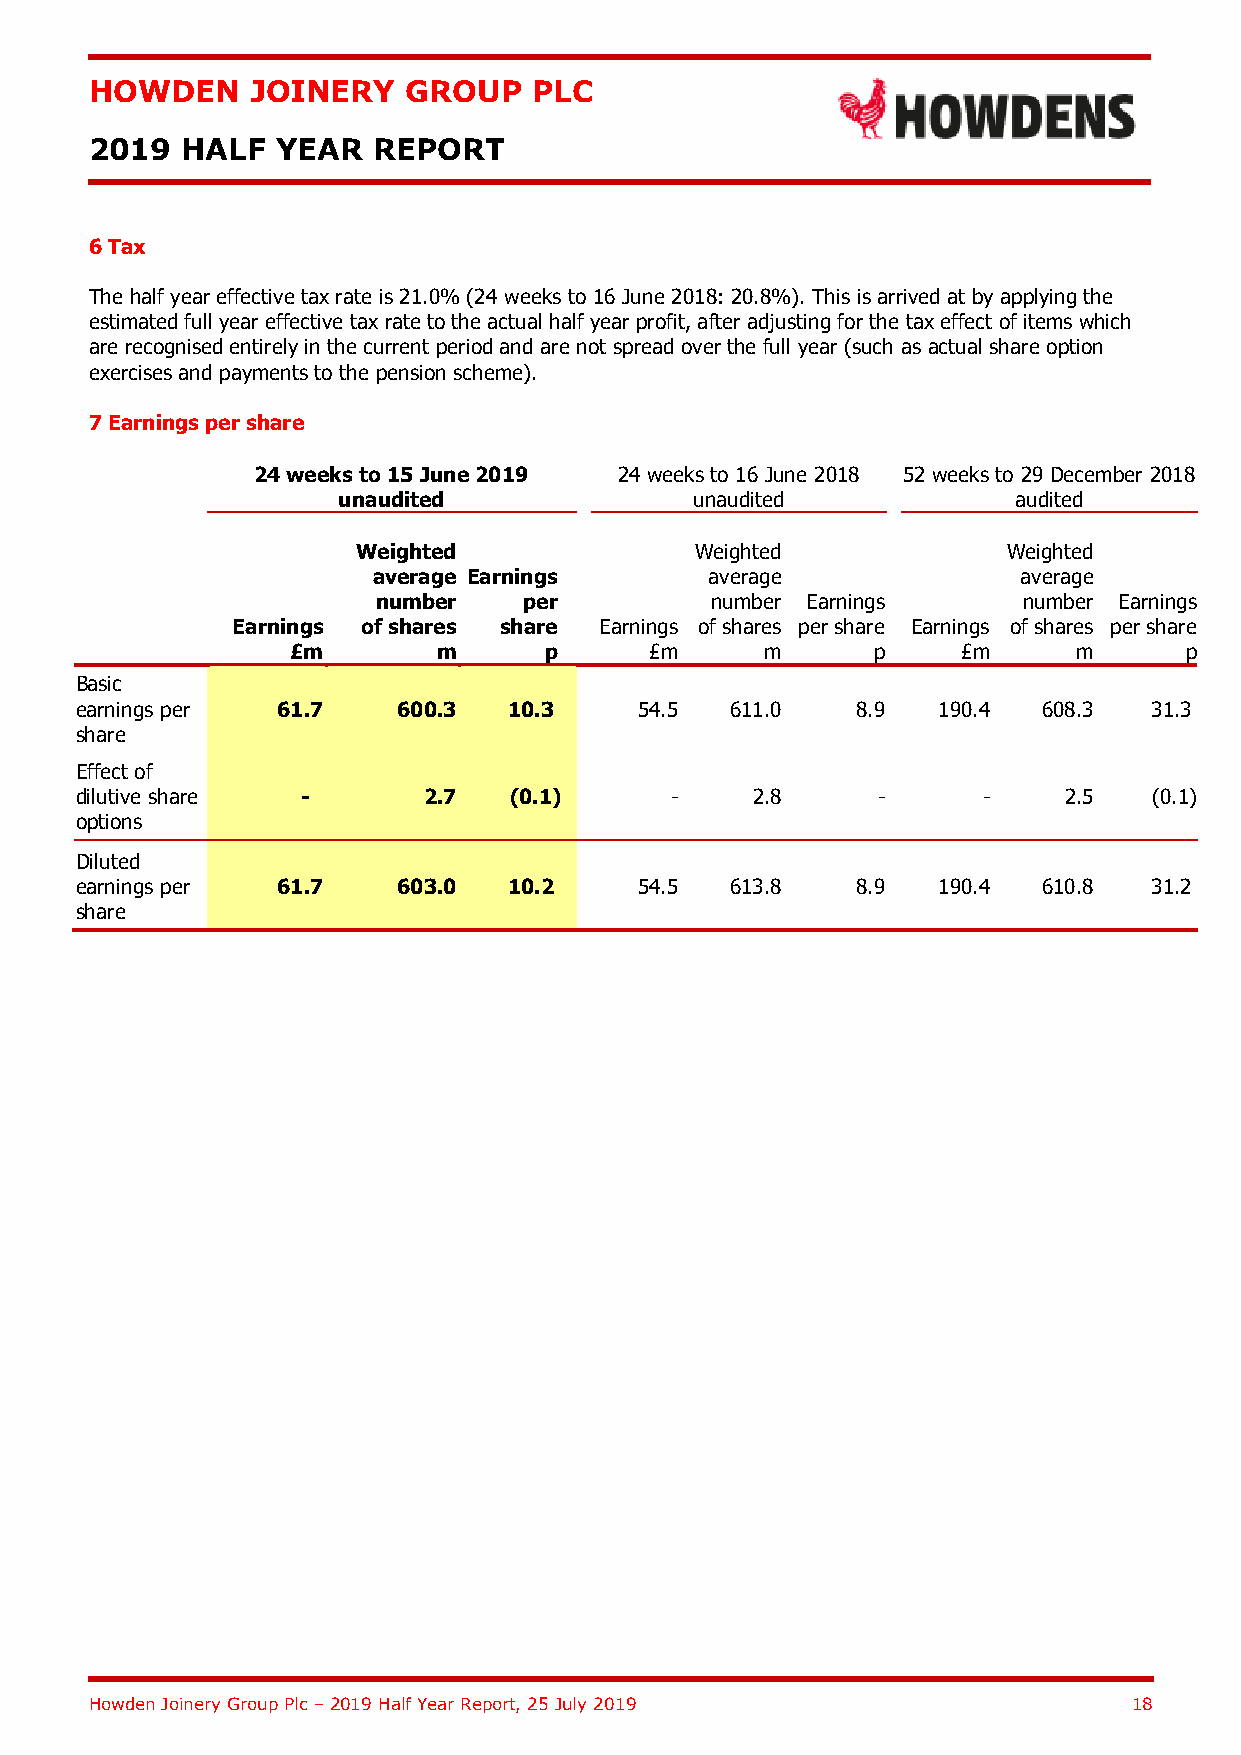
HOWDEN     JOINERY   GROUP   PLC
 2019  HALF  YEAR   REPORT
 6 Tax
 The half year effective tax rate is 21.0% (24 weeks to 16 June 2018: 20.8%). This is arrived at by applying the
 estimated full year effective tax rate to the actual half year profit, after adjusting for the tax effect of items which
 are recognised entirely in the current period and are not spread over the full year (such as actual share option
 exercises and payments to the pension scheme).
 7 Earnings per share
 24 weeks to 15 June 2019 24 weeks to 16 June 2018 52 weeks to 29 December 2018
 unaudited               unaudited            audited
 Weighted              Weighted             Weighted
 average Earnings      average              average
 number    per         number Earnings      number Earnings
 Earnings of shares share Earnings of shares per share Earnings of shares per share
 £m        m      p      £m      m      p     £m     m      p
 Basic
 earnings per 61.7    600.3   10.3    54.5  611.0    8.9  190.4  608.3  31.3
 share
 Effect of
 dilutive share -       2.7   (0.1)     -     2.8     -      -    2.5   (0.1)
 options
 Diluted
 earnings per 61.7    603.0   10.2    54.5  613.8    8.9  190.4  610.8  31.2
 share
 Howden Joinery Group Plc – 2019 Half Year Report, 25 July 2019       18